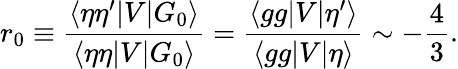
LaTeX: r_{0}\equiv\frac{\langle\eta\eta^{\prime}|V|G_{0}\rangle}{\langle\eta\eta|V|G_{0}\rangle}=\frac{\langle gg|V|\eta^{\prime}\rangle}{\langle gg|V|\eta\rangle}\sim-\frac{4}{3}.